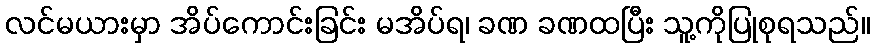
လင်မယားမှာ အိပ်ကောင်းခြင်း မအိပ်ရ၊ ခဏ ခဏထပြီး သူ့ကိုပြုစုရသည်။